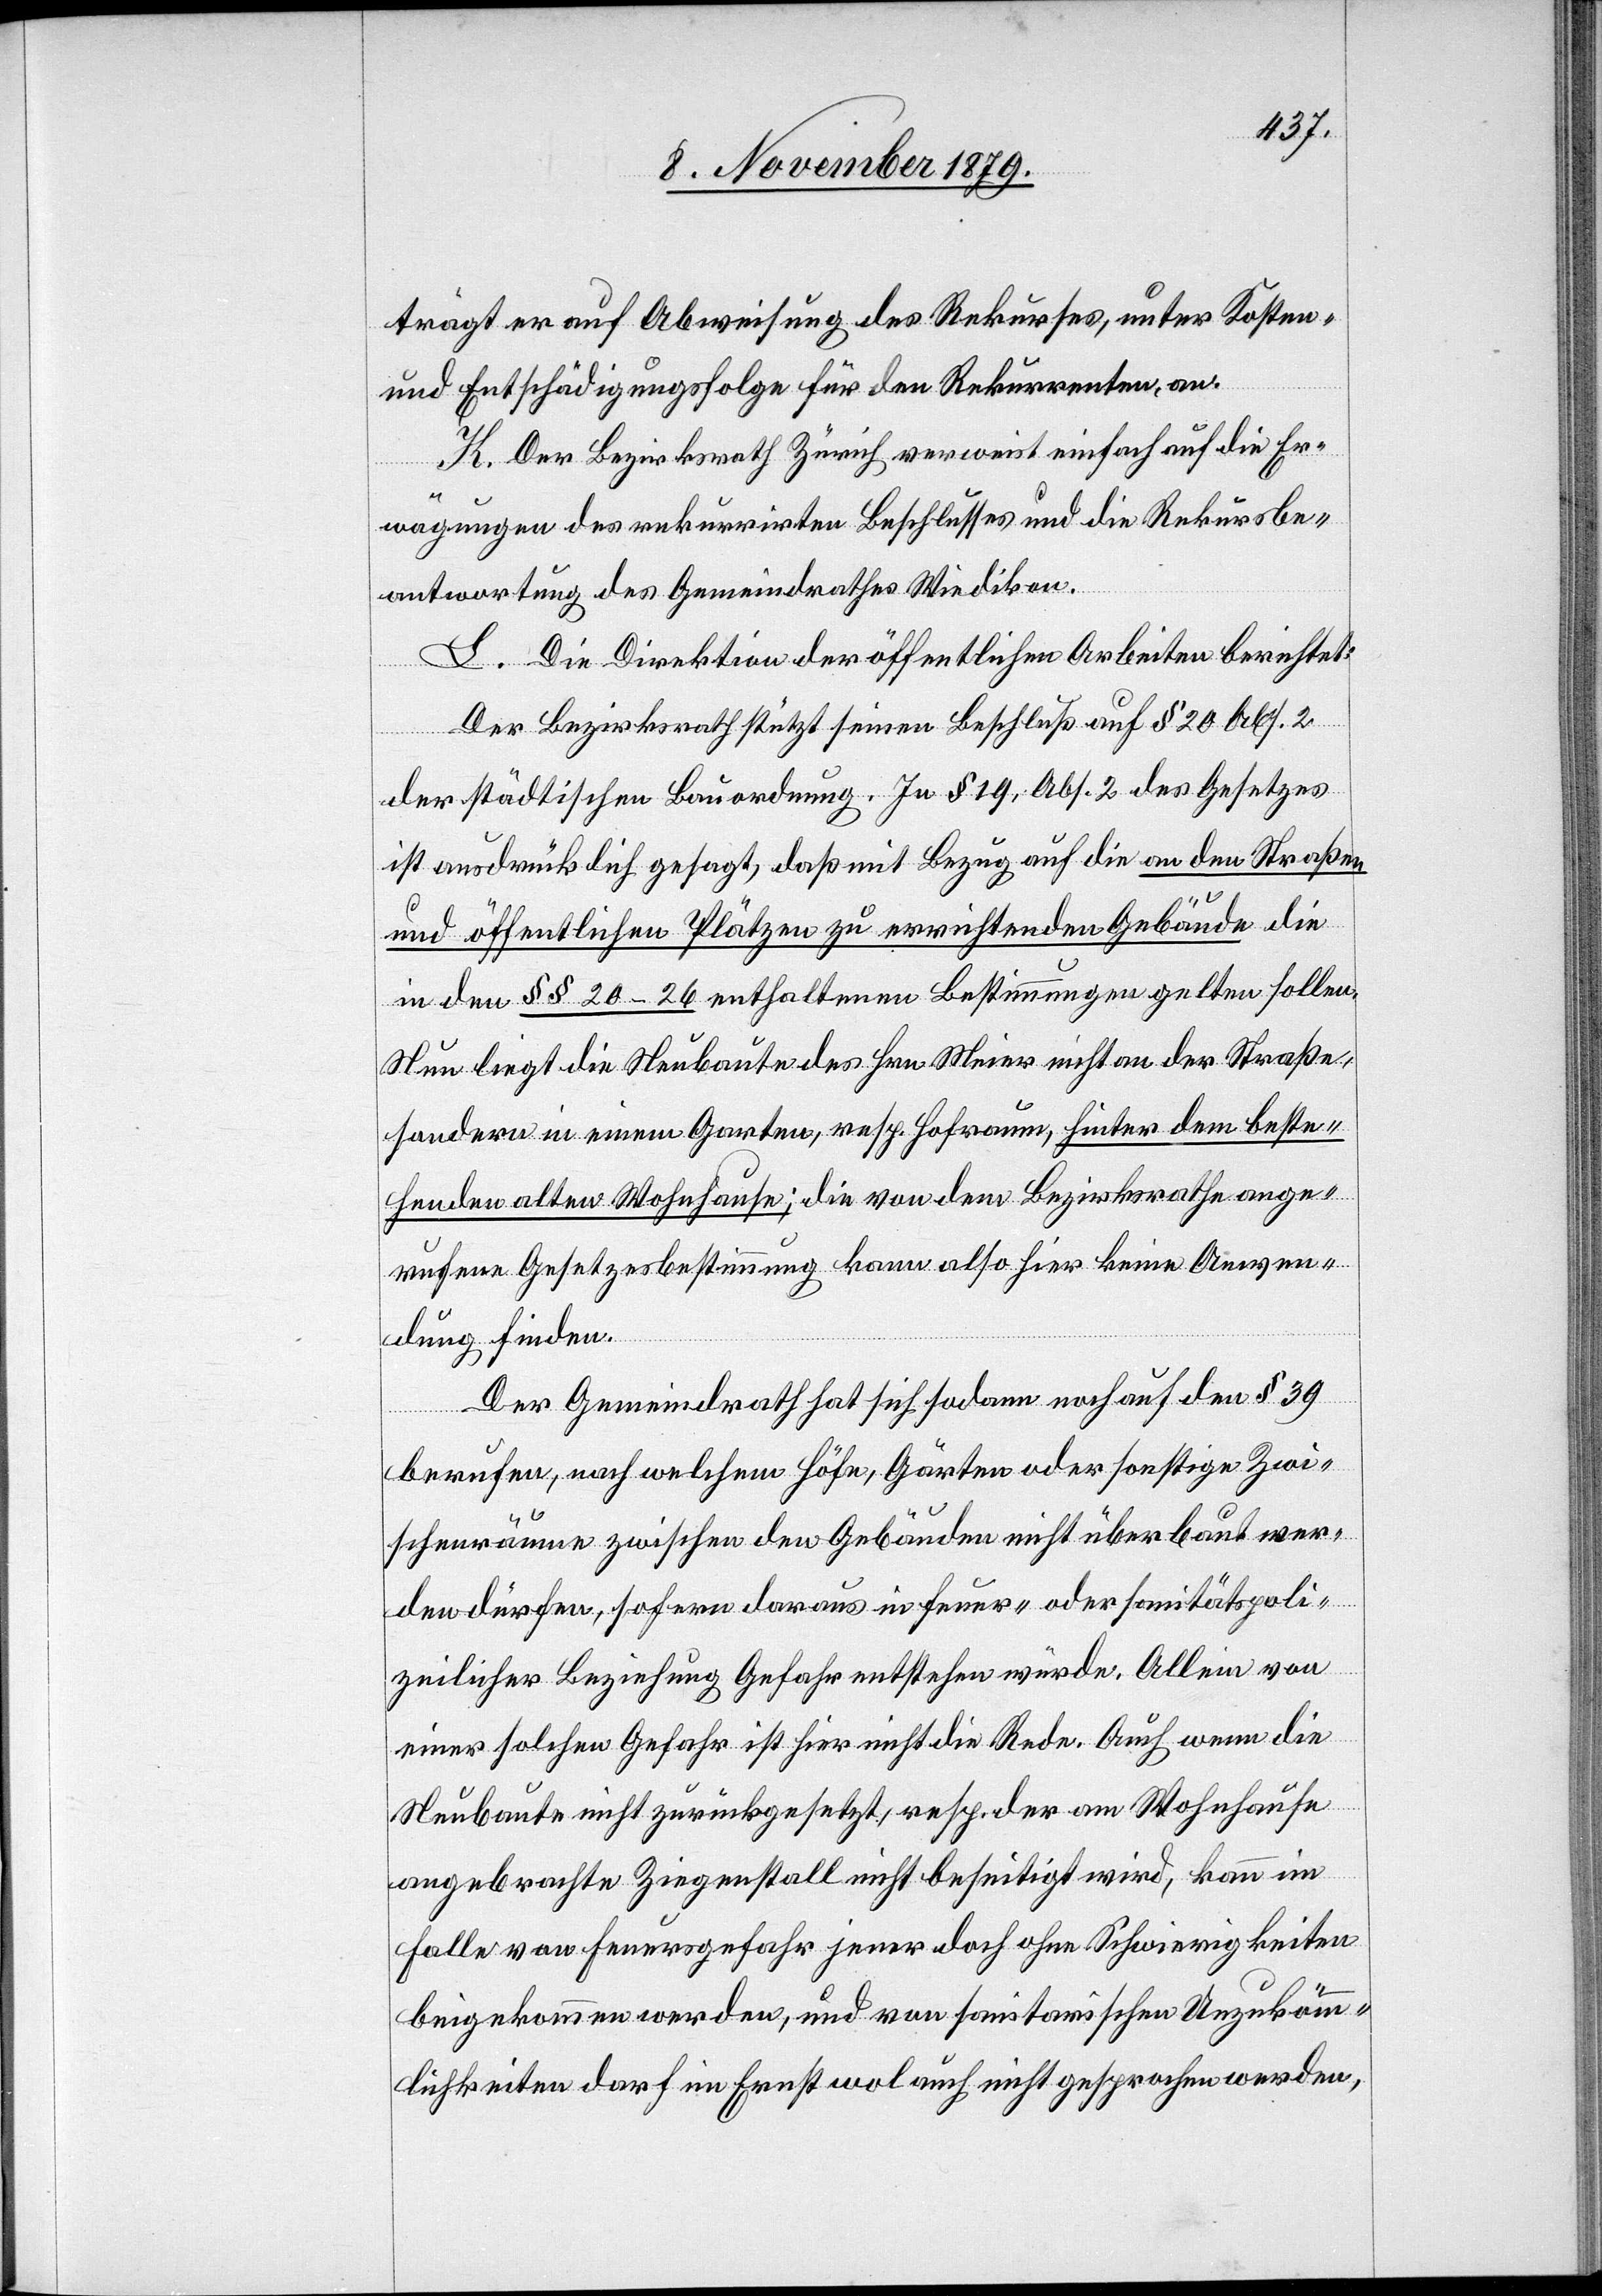
trägt er auf Abweisung des Rekurses, unter Kosten-
und Entschädigungsfolge für den Rekurrenten an.
J. Der Bezirksrath Zürich verweist einfach auf die Er¬
wägungen des rekurrirten Beschlusses und die Rekursbe¬
antwortung des Gemeindrathes Wiedikon.
K. Die Direktion der öffentlichen Arbeiten beichtet:
Der Bezirksrath stützt seinen Beschluß auf § 20 Abs. 2
der städtischen Bauordnung. In § 14, Abs. 2 des Gesetzes
ist ausdrücklich gesagt, daß mit Bezug auf die an den Straßen
und öffentlichen Plätzen zu errichtenden Gebäude die
in den §§ 20–26 enthaltenen Bestimmungen gelten sollen.
Nun liegt die Neubaute des Hrn Meier nicht an der Straße,
sondern in einem Garten, resp. Hofraum, hinter dem beste¬
henden alten Wohnhause; die von dem Bezirksrathe ange¬
rufene Gesetzesbestimmung kann also hier keine Anwen¬
dung finden.
Der Gemeindrath hat sich sodann noch auf den § 39
berufen, nach welchem Höfe, Gärten oder sonstige Zwi¬
schenräume zwischen den Gebäuden nicht überbaut wer¬
den dürfen, sofern daraus in feuer- oder sanitätspoli¬
zeilicher Beziehung Gefahr entstehen würde. Allein von
einer solchen Gefahr ist hier nicht die Rede. Auch wenn die
Neubaute nicht zurückgesetzt, resp. der am Wohnhause
angebrachte Ziegenstall nicht beseitigt wird, kann im
Falle von Feuergefahr jener doch ohne Schwierigkeiten
beigekommen werden, und von sanitarischen Unzukömm¬
lichkeiten darf im Ernst wol auch nicht gesprochen werden,